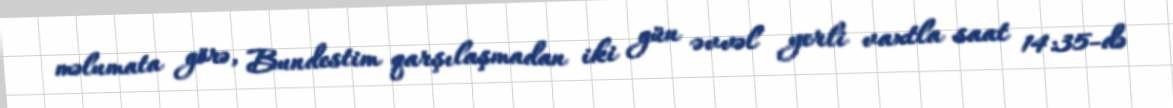
məlumata görə, Bundestim qarşılaşmadan iki gün əvvəl yerli vaxtla saat 14:35-də